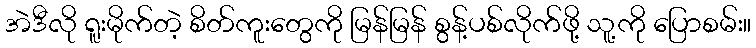
အဲဒီလို ရူးမိုက်တဲ့ စိတ်ကူးတွေကို မြန်မြန် စွန့်ပစ်လိုက်ဖို့ သူ့ကို ပြောစမ်း။